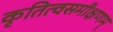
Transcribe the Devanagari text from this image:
कृतित्वसमीक्षणम्